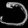
Digit: ၁